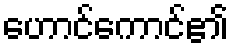
ဟောင်ကောင်၏